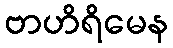
ဗာဟိရိမေန